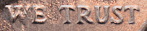
WB TRUST